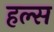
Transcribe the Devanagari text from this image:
हल्स